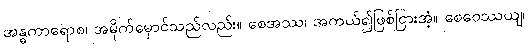
အန္ဓကာရောစ၊ အမိုက်မှောင်သည်လည်း။ စေအဿ၊ အကယ်၍ဖြစ်ငြားအံ့။ စေဝေဿယျ၊